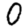
Digit: 0